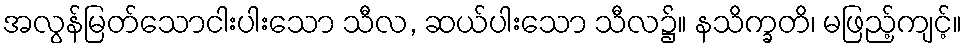
အလွန်မြတ်သောငါးပါးသော သီလ, ဆယ်ပါးသော သီလ၌။ နသိက္ခတိ၊ မဖြည့်ကျင့်။